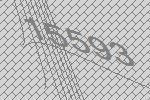
15593